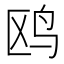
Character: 鸥